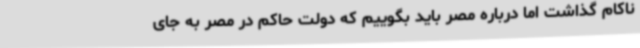
ناکام گذاشت اما درباره مصر باید بگوییم که دولت حاکم در مصر به جای